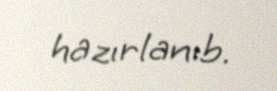
hazırlanıb.